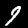
Digit: 9